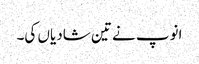
انوپ نے تین شادیاں کی۔